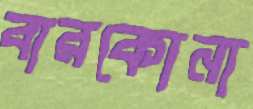
বারকোনা